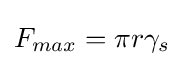
F_{max}=\pi r\gamma _{s}\,\!